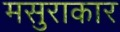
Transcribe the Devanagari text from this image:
मसुराकार